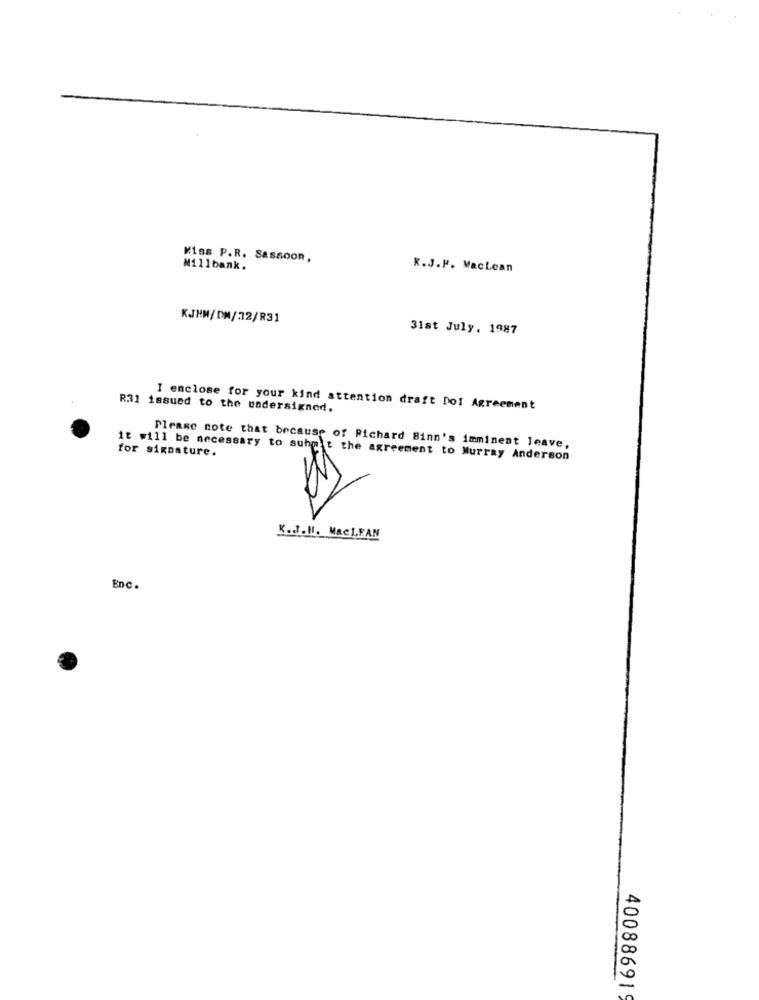
Kiss P.R. Sassoon,
Millbank.
K.J.F. Maclean
KJHN/DN/32/R31
31st July, 1987
R31 issued to the undersigned.
I enclose for your kind attention draft DOI Agreement
for signature.
Please note that because of Richard Binn's imminent leave,
it will be necessary to suhp't the agreement to Murray Anderson
1%
K.J.II. MACLEAN
Enc.
400886919